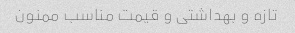
تازه و بهداشتی و قیمت مناسب ممنون